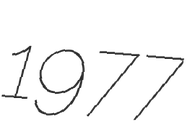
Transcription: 1977